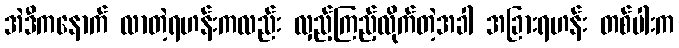
အဲဒီကနောက် လာတဲ့ရဟန်းကလည်း လှည့်ကြည့်လိုက်တဲ့အခါ အခြားရဟန်း တစ်ပါးက